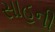
સાહની